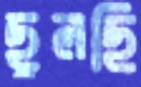
ছুলছি